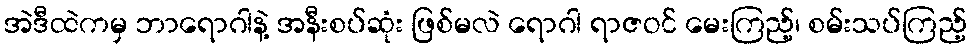
အဲဒီထဲကမှ ဘာရောဂါနဲ့ အနီးစပ်ဆုံး ဖြစ်မလဲ ရောဂါ ရာဇဝင် မေးကြည့်၊ စမ်းသပ်ကြည့်